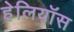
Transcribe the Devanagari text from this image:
हेलियॉस